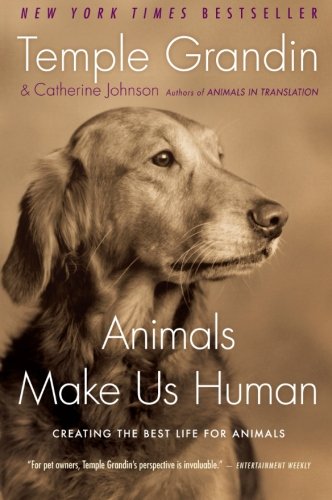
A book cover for Animals Make Us Human: Creating the Best Life for Animals; Temple Grandin; Medical Books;